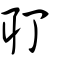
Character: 耵